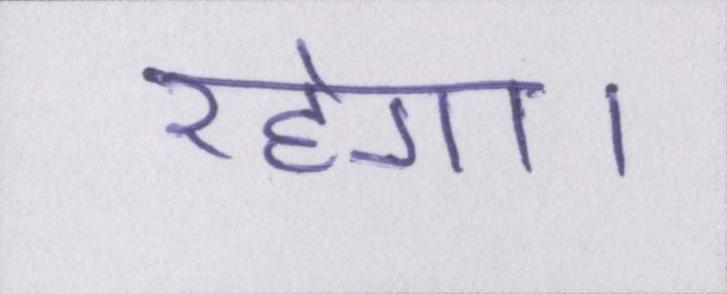
रहेगा।